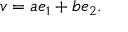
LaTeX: v = a e _ { 1 } + b e _ { 2 } .